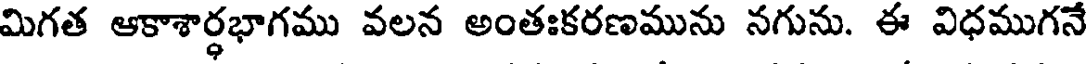
మిగత ఆకాశార్ధభాగము వలన అంతఃకరణమును నగును. ఈ విధముగనే